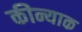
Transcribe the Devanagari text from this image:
कीन्याक